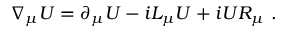
\nabla _ { \mu } U = \partial _ { \mu } U - i { \cal L } _ { \mu } U + i U { \cal R } _ { \mu } \ .